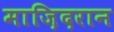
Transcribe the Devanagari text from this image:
माज़िदरान